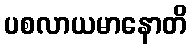
ပစလာယမာနောတိ